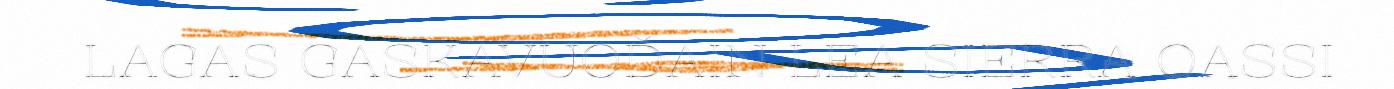
LAGAS GASKAVUOĐAIN LEA SIERRA OASSI